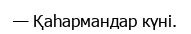
— Қаһармандар күні.